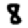
Digit: 8